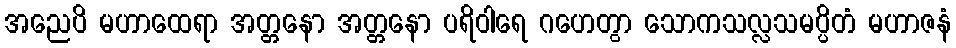
အညေပိ မဟာထေရာ အတ္တနော အတ္တနော ပရိဝါရေ ဂဟေတွာ သောကသလ္လသမပ္ပိတံ မဟာဇနံ